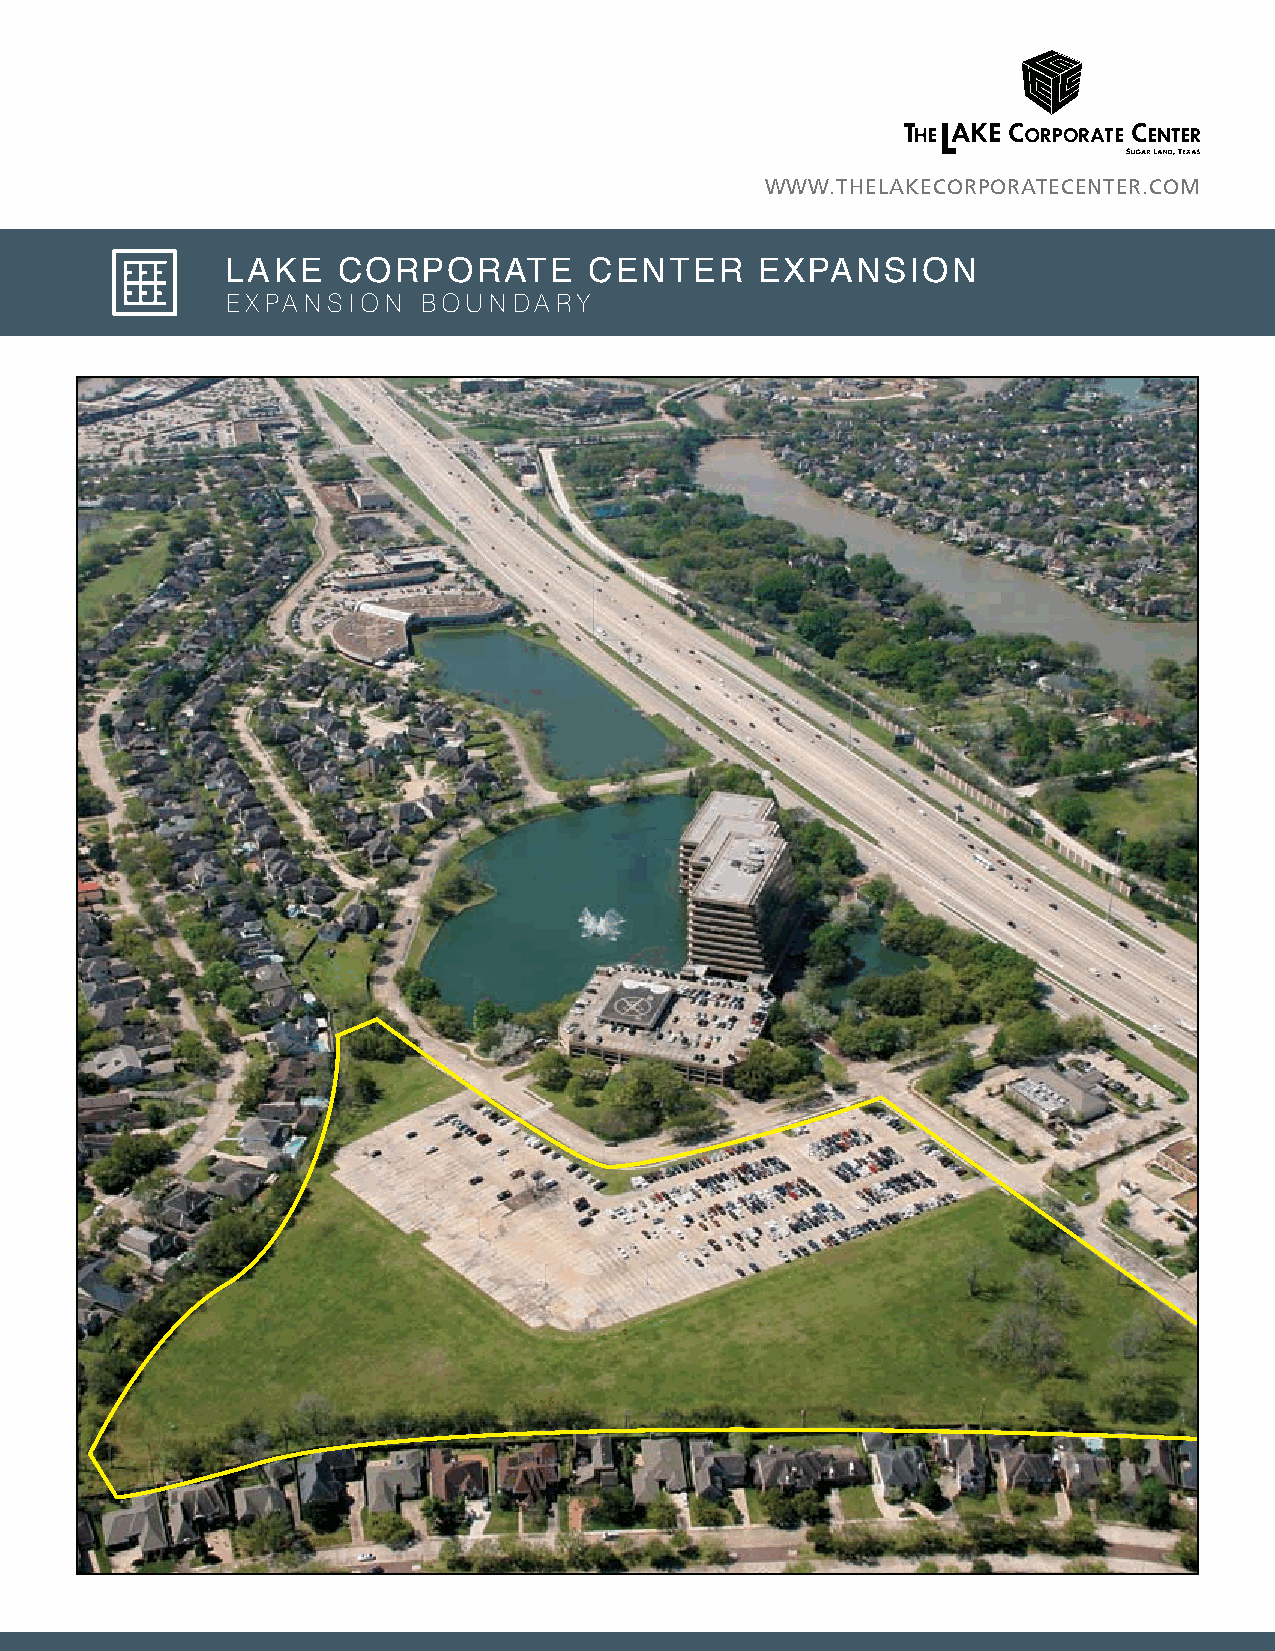
www.THeLAkeCorPorATeCenTer.CoM
 Lake   Corporate        Center     expansion
 expansion    boundary